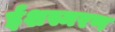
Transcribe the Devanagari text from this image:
ईशस्मरण